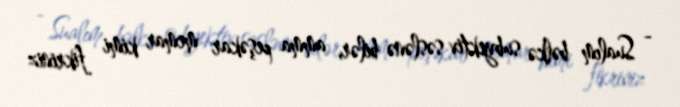
- Sualım bəlkə subyektiv səslənə bilər, amma peşəkar memar kimi fikriniz